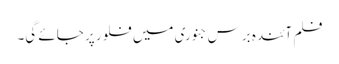
فلم آئندہ برس جنوری میں فلور پر جائے گی۔